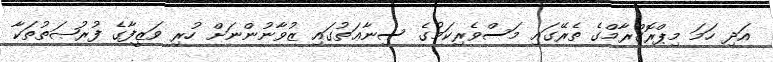
އަދި ހަމަ މިޕްރޮގްރާމްގެ ތެރޭގައި މަސްވެރިކަމުގެ ސިނާޢަތުގައި ޒުވާނުންނަށް ހުރި ވަޒީފާގެ ފުރުޞަތުތަކާ